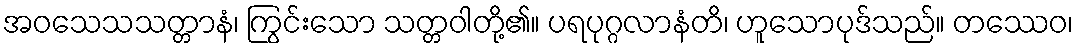
အဝသေသသတ္တာနံ၊ ကြွင်းသော သတ္တဝါတို့၏။ ပရပုဂ္ဂလာနံတိ၊ ဟူသောပုဒ်သည်။ တဿေဝ၊